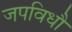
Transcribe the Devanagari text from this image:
जपविधौ